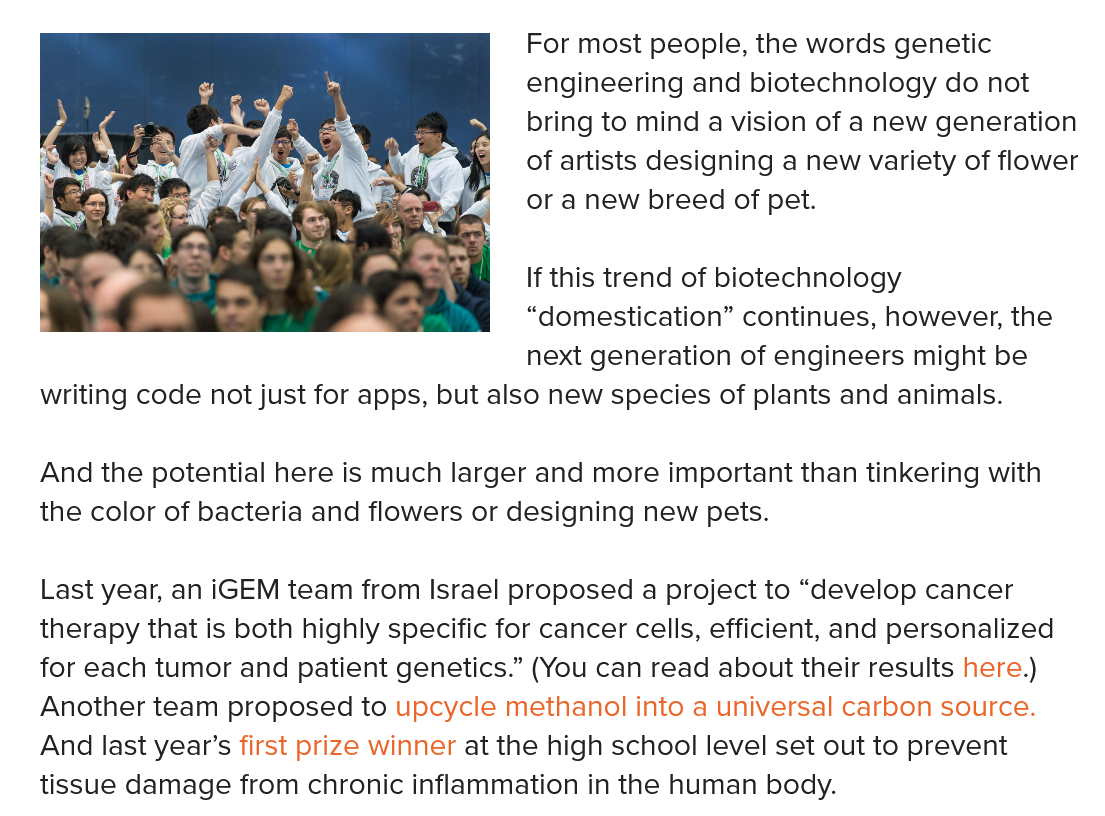
For most people, the words genetic
     engineering and biotechnology do not
     bring to mind a vision of a new generation
     of artists designing a new variety of flower
     or a new breed of pet.
   And the potential here is much larger and more important than tinkering with
   the color of bacteria and flowers or designing new pets.
   Last year, an iGEM team from Israel proposed a project to “develop cancer
   therapy that is both highly specific for cancer cells, efficient, and personalized
   for each tumor and patient genetics.” (You can read about their results here.)
   Another team  proposed to upcycle methanol into a universal carbon source.
   And last year’s first prize winner at the high school level set out to prevent
   tissue damage from chronic inflammation in the human body.
   DCE
   were
     If this trend of biotechnology
     “domestication” continues, however, the
     next generation of engineers might be
   writing code not just for apps, but also new species of plants and animals.